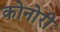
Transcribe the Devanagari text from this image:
कोनोरी